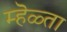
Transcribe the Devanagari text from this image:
म्हॆळ्ता